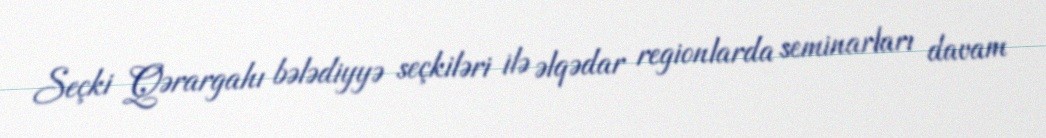
Seçki Qərargahı bələdiyyə seçkiləri ilə əlqədar regionlarda seminarları davam